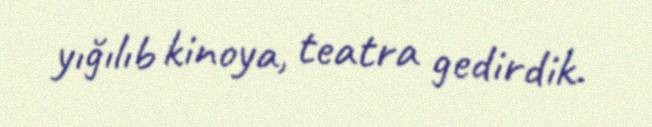
yığılıb kinoya, teatra gedirdik.